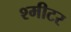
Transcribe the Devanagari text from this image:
श्मीटर